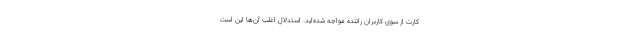
کارت از سوی کاربران راننده مواجه شده‌اید. استدلال اغلب آن‌ها این است